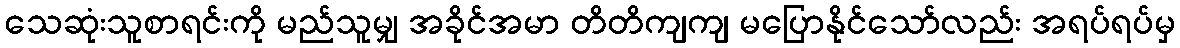
သေဆုံးသူစာရင်းကို မည်သူမျှ အခိုင်အမာ တိတိကျကျ မပြောနိုင်သော်လည်း အရပ်ရပ်မှ